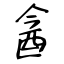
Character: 酓